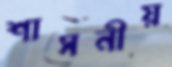
শাসনীয়